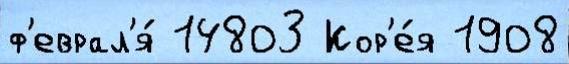
ф'еврал'я́ 14803 Кор'е́я 1908